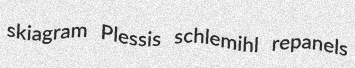
skiagram Plessis schlemihl repanels